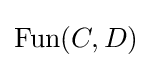
\mathrm {Fun} (C,D)